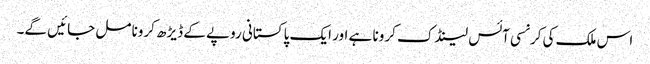
اس ملک کی کرنسی آئس لینڈک کرونا ہے اور ایک پاکستانی روپے کے ڈیڑھ کرونا مل جائیں گے۔